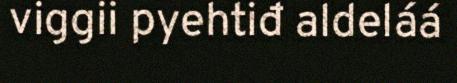
viggii pyehtiđ aldeláá